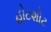
હોટશોટ